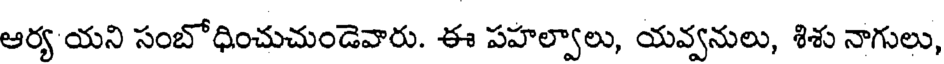
ఆర్య యని సంబోధించుచుండెవారు. ఈ పహల్వాలు, యవ్వనులు, శిశు నాగులు,